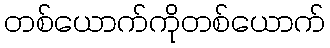
တစ်ယောက်ကိုတစ်ယောက်